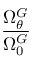
\frac { \Omega _ { \theta } ^ { G } } { \Omega _ { 0 } ^ { G } }